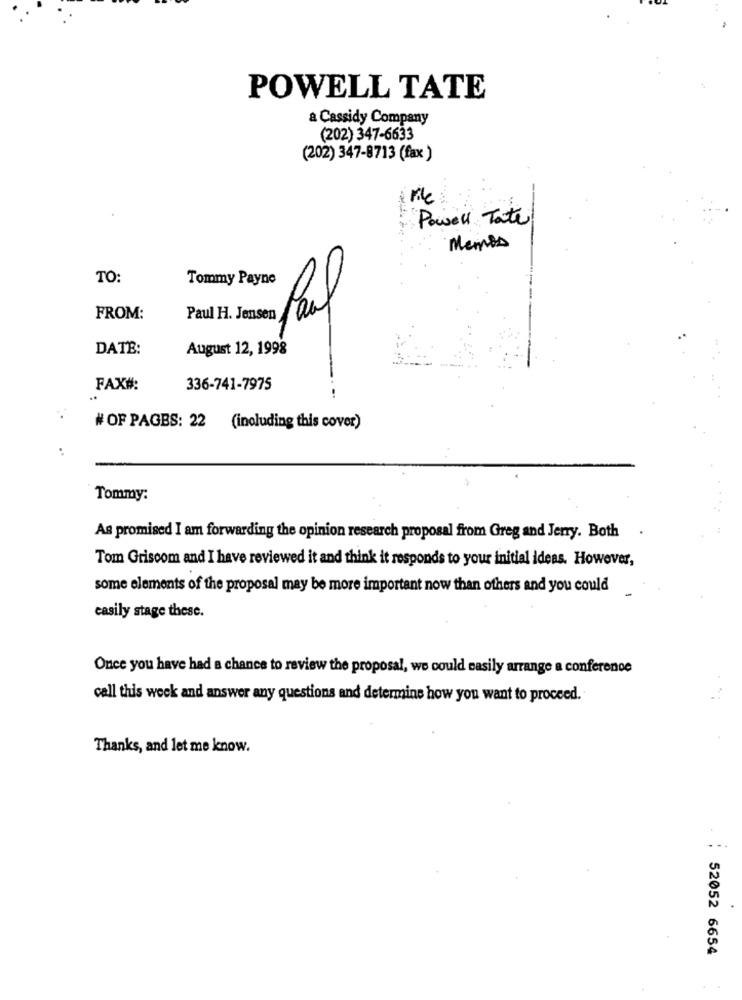
POWELL TATE
a Cassidy Company
(202) 347-6633
(202) 347-8713 (fax )
Mile
Powell Tate
Memos
TO:
Tommy Payne
FROM:
Paul H. Jensen
DATE:
August 12, 1998
FAX#:
336-741-7975
# OF PAGES: 22 (including this cover)
Tommy:
As promised I am forwarding the opinion research proposal from Greg and Jerry. Both
Tom Griscom and I have reviewed it and think it responds to your initial ideas. However,
some elements of the proposal may be more important now than others and you could
easily stage these.
Once you have had a chance to review the proposal, we could easily arrange a conference
call this week and answer any questions and determine how you want to proceed.
Thanks, and let me know.
52052 6654